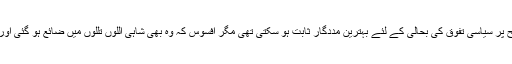
عرب کی دولت مسلمانوں کی معاشی اَبتری سے نجات اور عالمی سطح پر سیاسی تفوّق کی بحالی کے لئے بہترین مددگار ثابت ہو سکتی تھی مگر افسوس کہ وہ بھی شاہی اللّوں تللّوں میں ضائع ہو گئی اور مِن حیث المجموع اُمتِ مسلمہ اُس سے کوئی خاص فائدہ نہ اُٹھا سکی۔